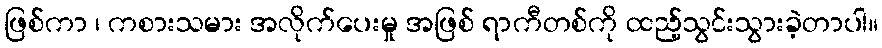
ဖြစ်ကာ ၊ ကစားသမား အလိုက်ပေးမှု အဖြစ် ရာကီတစ်ကို ထည့်သွင်းသွားခဲ့တာပါ။